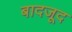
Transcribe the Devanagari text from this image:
बादजूद